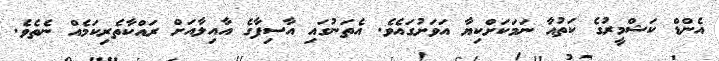
އެންޑް ކަޝްމީރުގެ ކަތުއާ ނަމަކަށްކިޔާ އަވަށުގައެެވެ. އެތަނުގައި އާސިފާގެ އާއިލާއަށް ރައްކާތެރިކަމެއް ނެތެވެ.